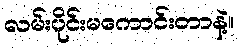
လမ်းပိုင်းမကောင်းတာနဲ့။